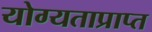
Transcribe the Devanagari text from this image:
योग्यताप्राप्त